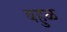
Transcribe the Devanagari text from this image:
बहुळ